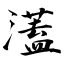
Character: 濭